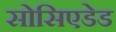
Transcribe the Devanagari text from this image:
सोसिएडेड